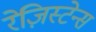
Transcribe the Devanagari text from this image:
रेज़िस्टेन्स